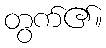
တွက်၏။